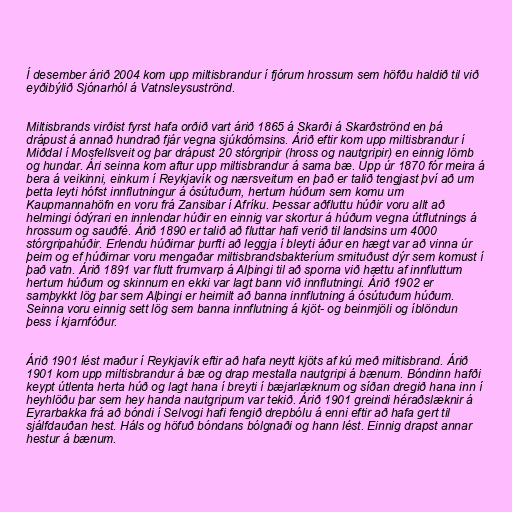
Í desember árið 2004 kom upp miltisbrandur í fjórum hrossum sem höfðu haldið til við
eyðibýlið Sjónarhól á Vatnsleysuströnd.

Miltisbrands virðist fyrst hafa orðið vart árið 1865 á Skarði á Skarðströnd en þá
drápust á annað hundrað fjár vegna sjúkdómsins. Árið eftir kom upp miltisbrandur í
Miðdal í Mosfellsveit og þar drápust 20 stórgripir (hross og nautgripir) en einnig lömb
og hundar. Ári seinna kom aftur upp miltisbrandur á sama bæ. Upp úr 1870 fór meira á
bera á veikinni, einkum í Reykjavík og nærsveitum en það er talið tengjast því að um
þetta leyti hófst innflutningur á ósútuðum, hertum húðum sem komu um
Kaupmannahöfn en voru frá Zansibar í Afríku. Þessar aðfluttu húðir voru allt að
helmingi ódýrari en innlendar húðir en einnig var skortur á húðum vegna útflutnings á
hrossum og sauðfé. Árið 1890 er talið að fluttar hafi verið til landsins um 4000
stórgripahúðir. Erlendu húðirnar þurfti að leggja í bleyti áður en hægt var að vinna úr
þeim og ef húðirnar voru mengaðar miltisbrandsbakteríum smituðust dýr sem komust í
það vatn. Árið 1891 var flutt frumvarp á Alþingi til að sporna við hættu af innfluttum
hertum húðum og skinnum en ekki var lagt bann við innflutningi. Árið 1902 er
samþykkt lög þar sem Alþingi er heimilt að banna innflutning á ósútuðum húðum.
Seinna voru einnig sett lög sem banna innflutning á kjöt- og beinmjöli og íblöndun
þess í kjarnfóður.

Árið 1901 lést maður í Reykjavík eftir að hafa neytt kjöts af kú með miltisbrand. Árið
1901 kom upp miltisbrandur á bæ og drap mestalla nautgripi á bænum. Bóndinn hafði
keypt útlenta herta húð og lagt hana í breyti í bæjarlæknum og síðan dregið hana inn í
heyhlöðu þar sem hey handa nautgripum var tekið. Árið 1901 greindi héraðslæknir á
Eyrarbakka frá að bóndi í Selvogi hafi fengið drepbólu á enni eftir að hafa gert til
sjálfdauðan hest. Háls og höfuð bóndans bólgnaði og hann lést. Einnig drapst annar
hestur á bænum.